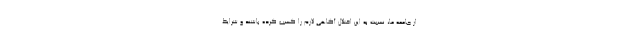
از جامعه ما، نسبت به این اختلال آگاهی لازم را کسب کرده باشند و شرایط